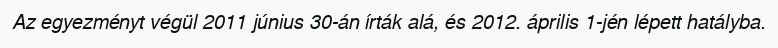
Az egyezményt végül 2011 június 30-án írták alá, és 2012. április 1-jén lépett hatályba.